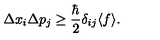
\Delta x _ { i } \Delta p _ { j } \ge \frac { \hbar } { 2 } \delta _ { i j } \langle f \rangle .